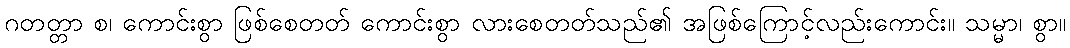
ဂတတ္တာ စ၊ ကောင်းစွာ ဖြစ်စေတတ် ကောင်းစွာ လားစေတတ်သည်၏ အဖြစ်ကြောင့်လည်းကောင်း။ သမ္မာ၊ စွာ။